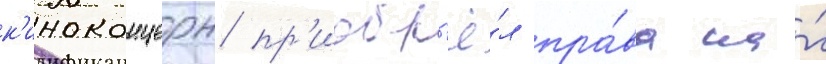
к'иноконцерн пр'иобр'ё́л пра́ва на́